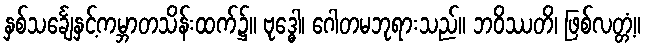
နှစ်သင်္ချေနှင့်ကမ္ဘာတသိန်းထက်၌။ ဗုဒ္ဓေါ၊ ဂေါတမဘုရားသည်။ ဘဝိဿတိ၊ ဖြစ်လတ္တံ့။